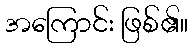
အကြောင်း ဖြစ်၏။